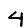
Digit: 4